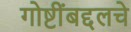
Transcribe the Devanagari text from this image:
गोष्टींबद्दलचे